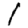
Digit: 1